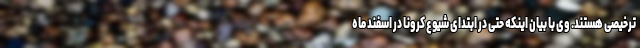
ترخیصی هستند. وی با بیان اینکه حتی در ابتدای شیوع کرونا در اسفند ماه